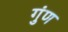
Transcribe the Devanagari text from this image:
गुंण